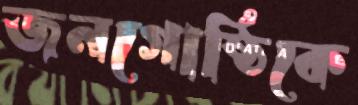
জনগোষ্ঠিকে